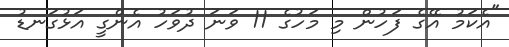
"އެކަމު އޭގެ ފަހުން މި މަހުގެ 11 ވަނަ ދުވަހު އެންގީ އަޅުގަނޑު